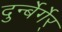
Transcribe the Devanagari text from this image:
दुर्न्बेर्गेर्